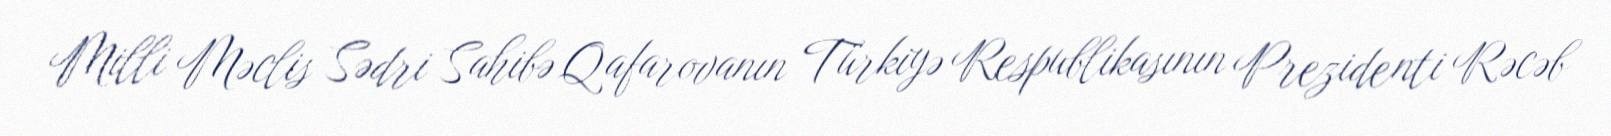
Milli Məclis Sədri Sahibə Qafarovanın Türkiyə Respublikasının Prezidenti Rəcəb